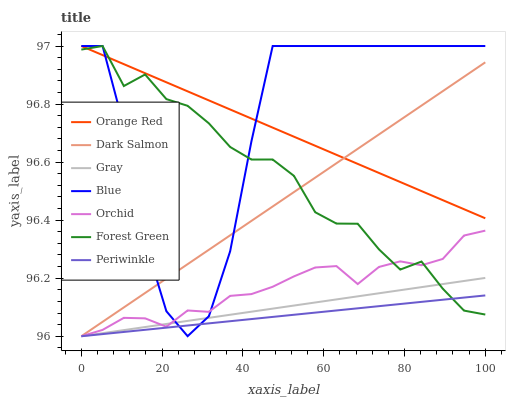
| xaxis_label | Orange Red | Dark Salmon | Gray | Blue | Orchid | Forest Green | Periwinkle |
 | --- | --- | --- | --- | --- | --- | --- | --- |
 | 0 | 97 | 96 | 96 | 97 | 96 | 97 | 96 |
 | 5.26 | 97 | 96 | 96 | 97 | 96 | 97 | 96 |
 | 10.5 | 96.9 | 96.1 | 96 | 96.7 | 96.1 | 96.9 | 96 |
 | 15.8 | 96.9 | 96.1 | 96 | 96.3 | 96.1 | 96.9 | 96 |
 | 21.1 | 96.9 | 96.2 | 96 | 96.1 | 96 | 96.8 | 96 |
 | 26.3 | 96.8 | 96.2 | 96.1 | 96 | 96.1 | 96.8 | 96 |
 | 31.6 | 96.8 | 96.3 | 96.1 | 96.1 | 96.1 | 96.7 | 96 |
 | 36.8 | 96.8 | 96.3 | 96.1 | 96.3 | 96.1 | 96.7 | 96.1 |
 | 42.1 | 96.8 | 96.4 | 96.1 | 96.7 | 96.1 | 96.6 | 96.1 |
 | 47.4 | 96.7 | 96.4 | 96.1 | 97 | 96.2 | 96.6 | 96.1 |
 | 52.6 | 96.7 | 96.5 | 96.1 | 97 | 96.2 | 96.6 | 96.1 |
 | 57.9 | 96.7 | 96.5 | 96.1 | 97 | 96.2 | 96.4 | 96.1 |
 | 63.2 | 96.6 | 96.6 | 96.1 | 97 | 96.2 | 96.4 | 96.1 |
 | 68.4 | 96.6 | 96.6 | 96.1 | 97 | 96.2 | 96.4 | 96.1 |
 | 73.7 | 96.6 | 96.7 | 96.1 | 97 | 96.2 | 96.3 | 96.1 |
 | 78.9 | 96.5 | 96.7 | 96.2 | 97 | 96.3 | 96.2 | 96.1 |
 | 84.2 | 96.5 | 96.8 | 96.2 | 97 | 96.2 | 96.3 | 96.1 |
 | 89.5 | 96.5 | 96.8 | 96.2 | 97 | 96.3 | 96.2 | 96.1 |
 | 94.7 | 96.4 | 96.9 | 96.2 | 97 | 96.3 | 96.1 | 96.1 |
 | 100 | 96.4 | 96.9 | 96.2 | 97 | 96.4 | 96.1 | 96.1 |